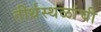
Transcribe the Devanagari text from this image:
तीर्थस्थळांची